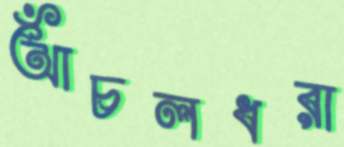
আঁচলধরা